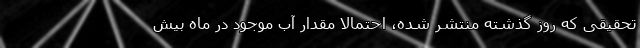
تحقیقی که روز گذشته منتشر شده، احتمالاً مقدار آب موجود در ماه بیش